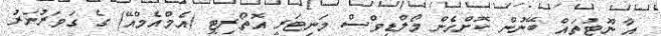
އާ ނޫޓުތައް ބޭނުން ކޮށްގެން މޯލްޑިވްސް މަނިޓަރީ އޮތޯރިޓީ (އެމްއެމްއޭ) ގެ ގަވަރުނަރު